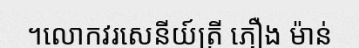
។លោកវរសេនីយ៍ត្រី ភឿង ម៉ាន់